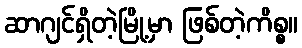
ဆာဂျင်ရှိတဲ့မြို့မှာ ဖြစ်တဲ့ကိစ္စ။